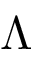
\Lambda